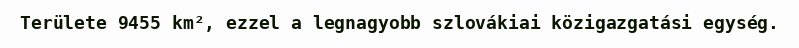
Területe 9455 km², ezzel a legnagyobb szlovákiai közigazgatási egység.